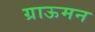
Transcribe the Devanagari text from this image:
ग्राऊमन